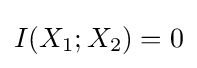
I(X_{1};X_{2})=0